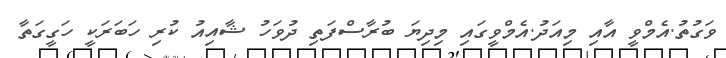
ވަގުތު.އެމްވީ އާއި މިއަދު.އެމްވީގައި މިިދިޔަ ބުރާސްފަތި ދުވަހު ޝާއިއު ކުރި ހަބަރަކީ ހަގީގަތާ